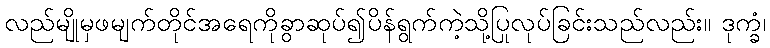
လည်မျိုမှဖမျက်တိုင်အရေကိုခွာဆုပ်၍ပိန်ရွက်ကဲ့သို့ပြုလုပ်ခြင်းသည်လည်း။ ဒုက္ခံ၊